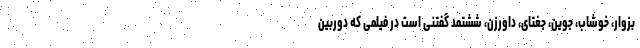
بزوار، خوشاب، جوین، جغتای، داورزن، ششتمد گفتنی است در فیلمی که دوربین